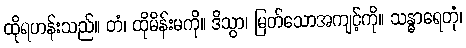
ထိုရဟန်းသည်။ တံ၊ ထိုမိန်းမကို။ ဒိသွာ၊ မြတ်သောအကျင့်ကို။ သန္ဓာရေတုံ၊